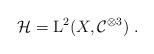
LaTeX: \begin{align*}\mathcal H={\rm L}^2(X,\mathcal C^{\otimes 3})\;.\end{align*}